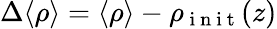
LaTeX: \Delta\langle\rho\rangle=\langle\rho\rangle-\rho_{\mathrm{~i~n~i~t~}}(z)